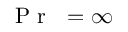
\mathrm { ~ \textit ~ { ~ P ~ r ~ } ~ } = \infty